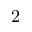
2